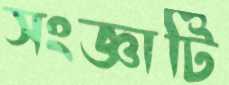
সংজ্ঞাটি